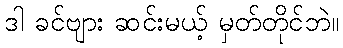
ဒါ ခင်ဗျား ဆင်းမယ့် မှတ်တိုင်ဘဲ။